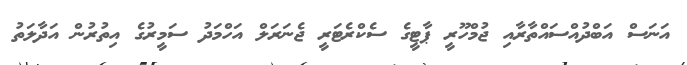
އަނަސް އަބްދުއްސައްތާރާއި ޖުމްހޫރީ ޕާޓީގެ ސެކްރެޓަރީ ޖެނަރަލް އަހްމަދު ސަމީރުގެ އިތުރުން އަދާލަތު